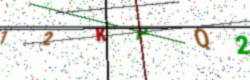
Text: 12KPQ2